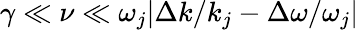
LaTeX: \gamma\ll\nu\ll\omega_{j}|\Delta k/k_{j}-\Delta\omega/\omega_{j}|